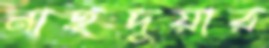
নাছদুয়ার